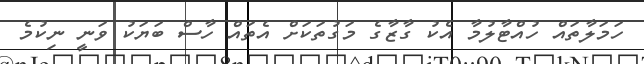
ހަމަލާތައް ހުއްޓާލުމާ އެކު ގާޒާގެ މަގުތަކަށް އެތައް ހާސް ބަޔަކު ވަނީ ނިކުމެ